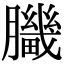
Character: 𦢍